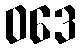
ဝဒေ